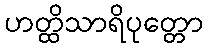
ဟတ္ထိသာရိပုတ္တော